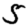
Digit: 5